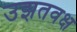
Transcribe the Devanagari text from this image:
उझतवक्ष